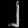
Digit: ၂